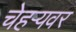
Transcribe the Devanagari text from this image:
चेहर्‍यवर